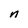
Character: n